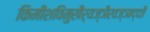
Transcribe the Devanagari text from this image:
किमीशविमुखैर्यज्ञैरवज्ञाद्दतै